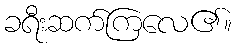
ခရီးဆက်ကြလေ၏။